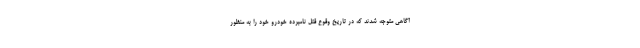
آگاهی متوجه شدند که در تاریخ وقوع قتل نامبرده خودرو خود را به منظور